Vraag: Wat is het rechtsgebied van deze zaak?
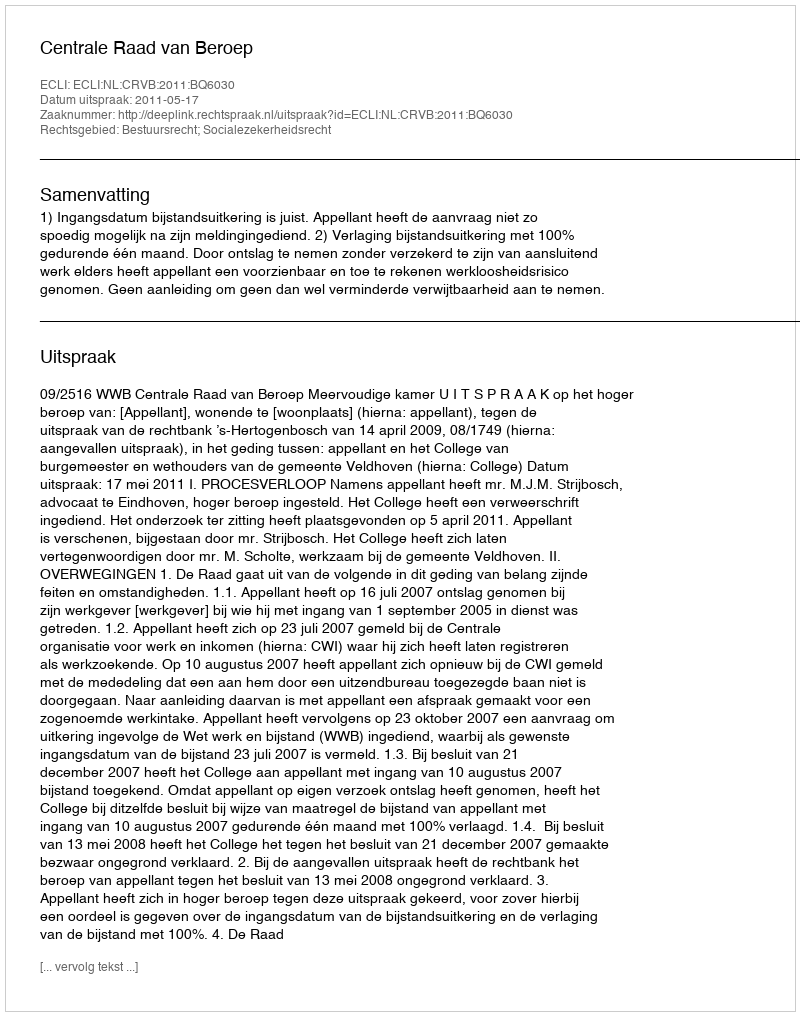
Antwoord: Bestuursrecht; Socialezekerheidsrecht